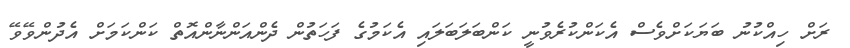
ރަށް ހިއްކުނު ބަޔަކަށްވެސް އެކަންކުރެވުނީ ކަންބަލަބަލައި އެކަމުގެ ފަހަތުން ދެންއަންނާންއޮތް ކަންކަމަށް އެދުންވޭވޭ